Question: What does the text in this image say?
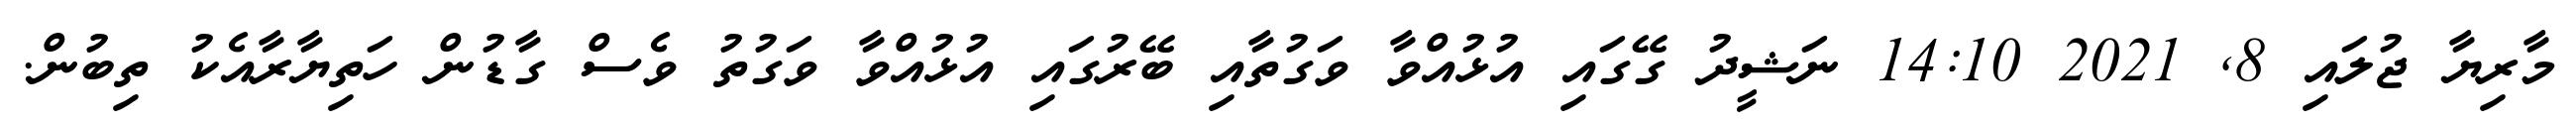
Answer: މާރިޔާ ޖުލައި 8, 2021 14:10 ނަޝީދު ގޭގައި އުޅުއްވާ ވަގުތާއި ބޭރުގައި އުޅުއްވާ ވަގުތު ވެސް ގާޑުން ހަތިޔާރާއެކު ތިބުން.